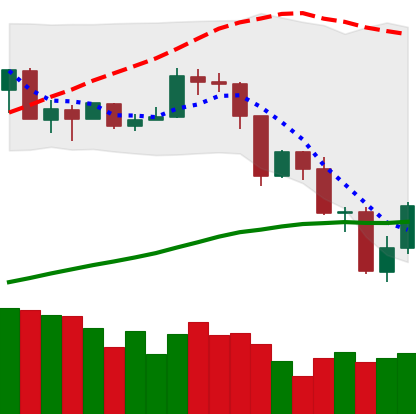
Ticker: TRX-USD
Chart end date: 2019-07-18
Forward return: -5.592%
Label: down_5_7